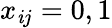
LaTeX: x_{\mathit{i}j}=0,1